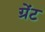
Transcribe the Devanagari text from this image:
ग्रेंट